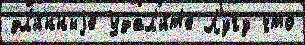
дл'и́нныjе Удал'и́т'е Лугу что